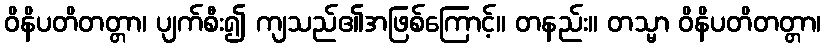
ဝိနိပတိတတ္တာ၊ ပျက်စီး၍ ကျသည်၏အဖြစ်ကြောင့်။ တနည်း။ တသ္မာ ဝိနိပတိတတ္တာ၊